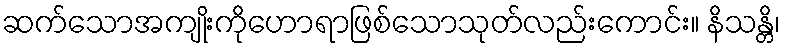
ဆက်သောအကျိုးကိုဟောရာဖြစ်သောသုတ်လည်းကောင်း။ နိသန္တိ၊